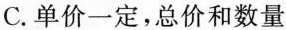
C.单价一定，总价和数量